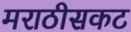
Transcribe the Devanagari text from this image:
मराठीसकट